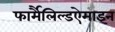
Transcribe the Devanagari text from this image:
फार्मैलिल्डऐमाइन